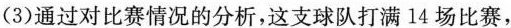
(3)通过对比赛情况的分析，这支球队打满14场比赛，